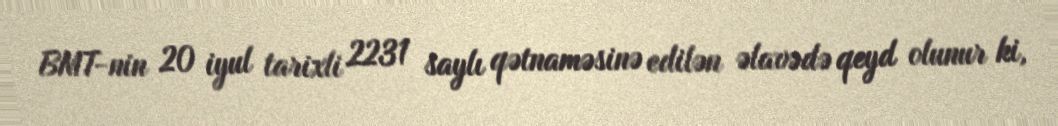
BMT-nin 20 iyul tarixli 2231 saylı qətnaməsinə edilən əlavədə qeyd olunur ki,